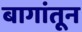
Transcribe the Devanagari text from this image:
बागांतून